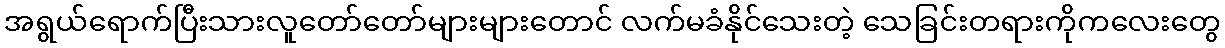
အရွယ်ရောက်ပြီးသားလူတော်တော်များများတောင် လက်မခံနိုင်သေးတဲ့ သေခြင်းတရားကိုကလေးတွေ